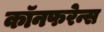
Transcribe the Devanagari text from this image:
कॉनफरेन्स